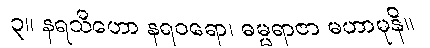
၃။ နရသီဟော နရဝရော၊ ဓမ္မရာဇာ မဟာမုနိ။